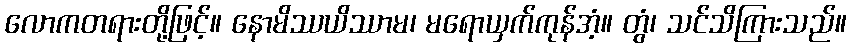
လောကတရားတို့ဖြင့်။ နောမိဿယိဿာမ၊ မရောယှက်ကုန်အံ့။ တွံ၊ သင်သိကြားသည်။